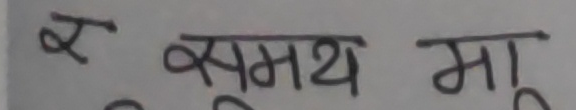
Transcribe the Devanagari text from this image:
स् समर्थ मू